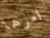
امرها